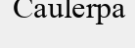
Caulerpa